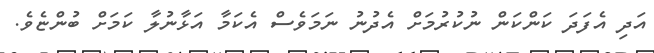
އަދި އެފަދަ ކަންކަން ނުކުރުމަށް އެދުނު ނަމަވެސް އެކަމާ އަޅާނުލާ ކަމަށް ބުންޏެވެ.